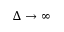
\Delta \to \infty